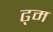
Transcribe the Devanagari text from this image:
ढ्म